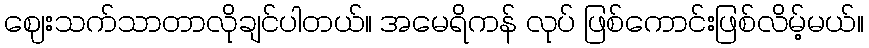
ဈေးသက်သာတာလိုချင်ပါတယ်။ အမေရိကန် လုပ် ဖြစ်ကောင်းဖြစ်လိမ့်မယ်။